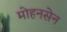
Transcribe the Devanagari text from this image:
मोहनसेन